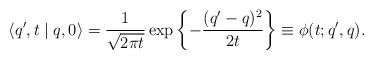
LaTeX: \begin{align*} \langle q',t\mid q,0 \rangle = \frac{1}{\sqrt{2\pi t}} \exp \left\{- \frac{(q'-q)^2}{2t} \right\} \equiv \phi(t;q',q).\end{align*}